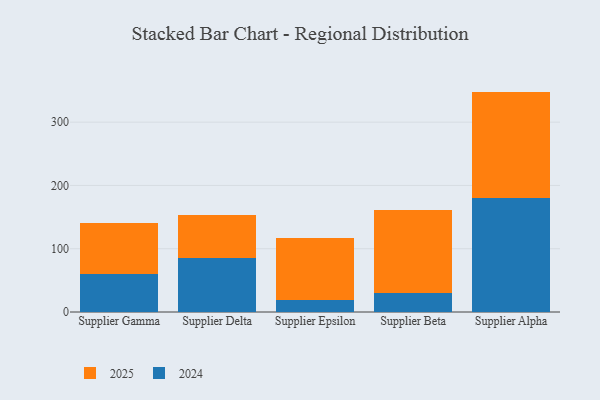
{"axis": {"x": "Supplier", "y": "Tickets Resolved"}, "legend": ["2024", "2025"], "data": [{"x": "Supplier Gamma", "y": 80.2, "type": "2025"}, {"x": "Supplier Gamma", "y": 59.7, "type": "2024"}, {"x": "Supplier Delta", "y": 67.3, "type": "2025"}, {"x": "Supplier Delta", "y": 85.4, "type": "2024"}, {"x": "Supplier Epsilon", "y": 99.0, "type": "2025"}, {"x": "Supplier Epsilon", "y": 18.4, "type": "2024"}, {"x": "Supplier Beta", "y": 130.7, "type": "2025"}, {"x": "Supplier Beta", "y": 30.5, "type": "2024"}, {"x": "Supplier Alpha", "y": 168.4, "type": "2025"}, {"x": "Supplier Alpha", "y": 179.9, "type": "2024"}]}